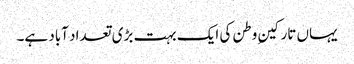
یہاں تارکینِ وطن کی ایک بہت بڑی تعداد آباد ہے۔